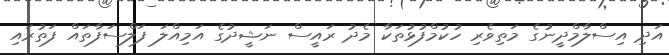
އަދި އިސްލާމްދީނުގެ މަތިވެރި ހުކުމްފުޅުތަކާ މެދު ރައީސް ނަޝީދުގެ އަމިއްލަ ފަލްސަފާތައް ފަތުރައި